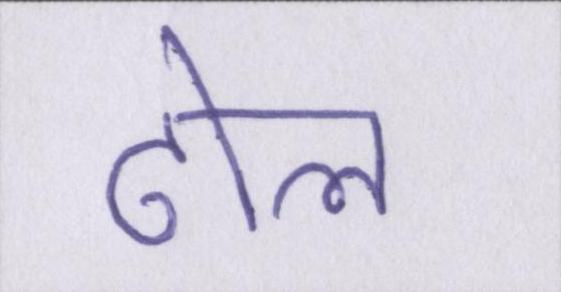
ढोल